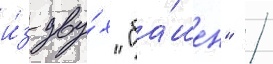
и́з дву́х "ба́шен" /